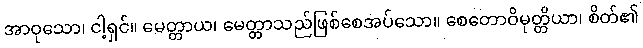
အာဝုသော၊ ငါ့ရှင်။ မေတ္တာယ၊ မေတ္တာသည်ဖြစ်စေအပ်သော။ စေတောဝိမုတ္တိယာ၊ စိတ်၏